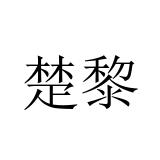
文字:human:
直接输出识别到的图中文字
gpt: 楚黎